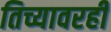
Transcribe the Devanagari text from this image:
तिच्यावरही